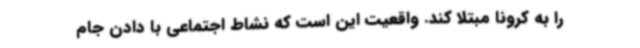
را به کرونا مبتلا کند. واقعیت این است که نشاط اجتماعی با دادن جام